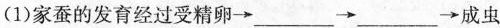
(1)家蚕的发育经过受精卵\rightarrow___\rightarrow___\rightarrow成虫四